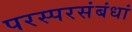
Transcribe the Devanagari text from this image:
परस्परसंबंधां